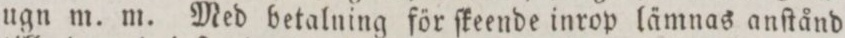
ugn m. m. Med betalning för ſkeende inrop lämnas anſtånd